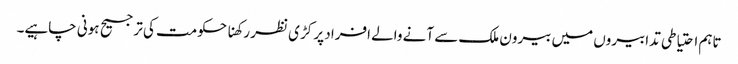
تاہم احتیاطی تدابیروں میں بیرون ملک سے آنے والے افراد پر کڑی نظر رکھنا حکومت کی ترجیح ہونی چاہیے۔